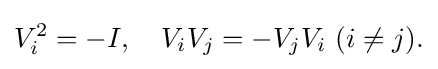
\displaystyle {V_{i}^{2}=-I,\quad V_{i}V_{j}=-V_{j}V_{i}\,\,(i\neq j).}